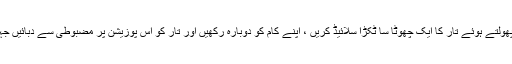
پھر پیچھے پھل پھول پھولتے ہوئے تار کا ایک چھوٹا سا ٹکڑا سلائیڈ کریں ، اپنے کام کو دوبارہ رکھیں اور تار کو اس پوزیشن پر مضبوطی سے دبائیں جہاں تاج بہترین فٹ ہے۔